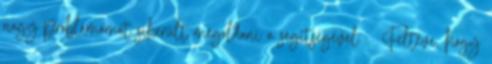
nagy problémámat sikerült megoldani a segítségével : Feltéve, hogy